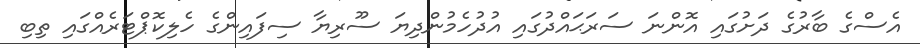
އެސްގެ ބާރުގެ ދަށުގައި އޮންނަ ސަރަޙައްދުގައި އުދުހެމުންދިޔަ ސޫރިޔާ ސިފައިންގެ ހެލިކޮޕްޓަރެއްގައި ތިބި